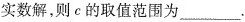
实数解，则e的取值范围为___.